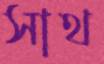
সাথ